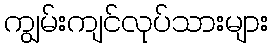
ကျွမ်းကျင်လုပ်သားများ